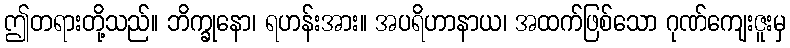
ဤတရားတို့သည်။ ဘိက္ခုနော၊ ရဟန်းအား။ အပရိဟာနာယ၊ အထက်ဖြစ်သော ဂုဏ်ကျေးဇူးမှ